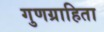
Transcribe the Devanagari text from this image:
गुणग्राहिता